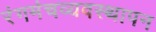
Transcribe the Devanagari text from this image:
रंगमंचव्यवस्थापन